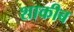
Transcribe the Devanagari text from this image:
शाकीब